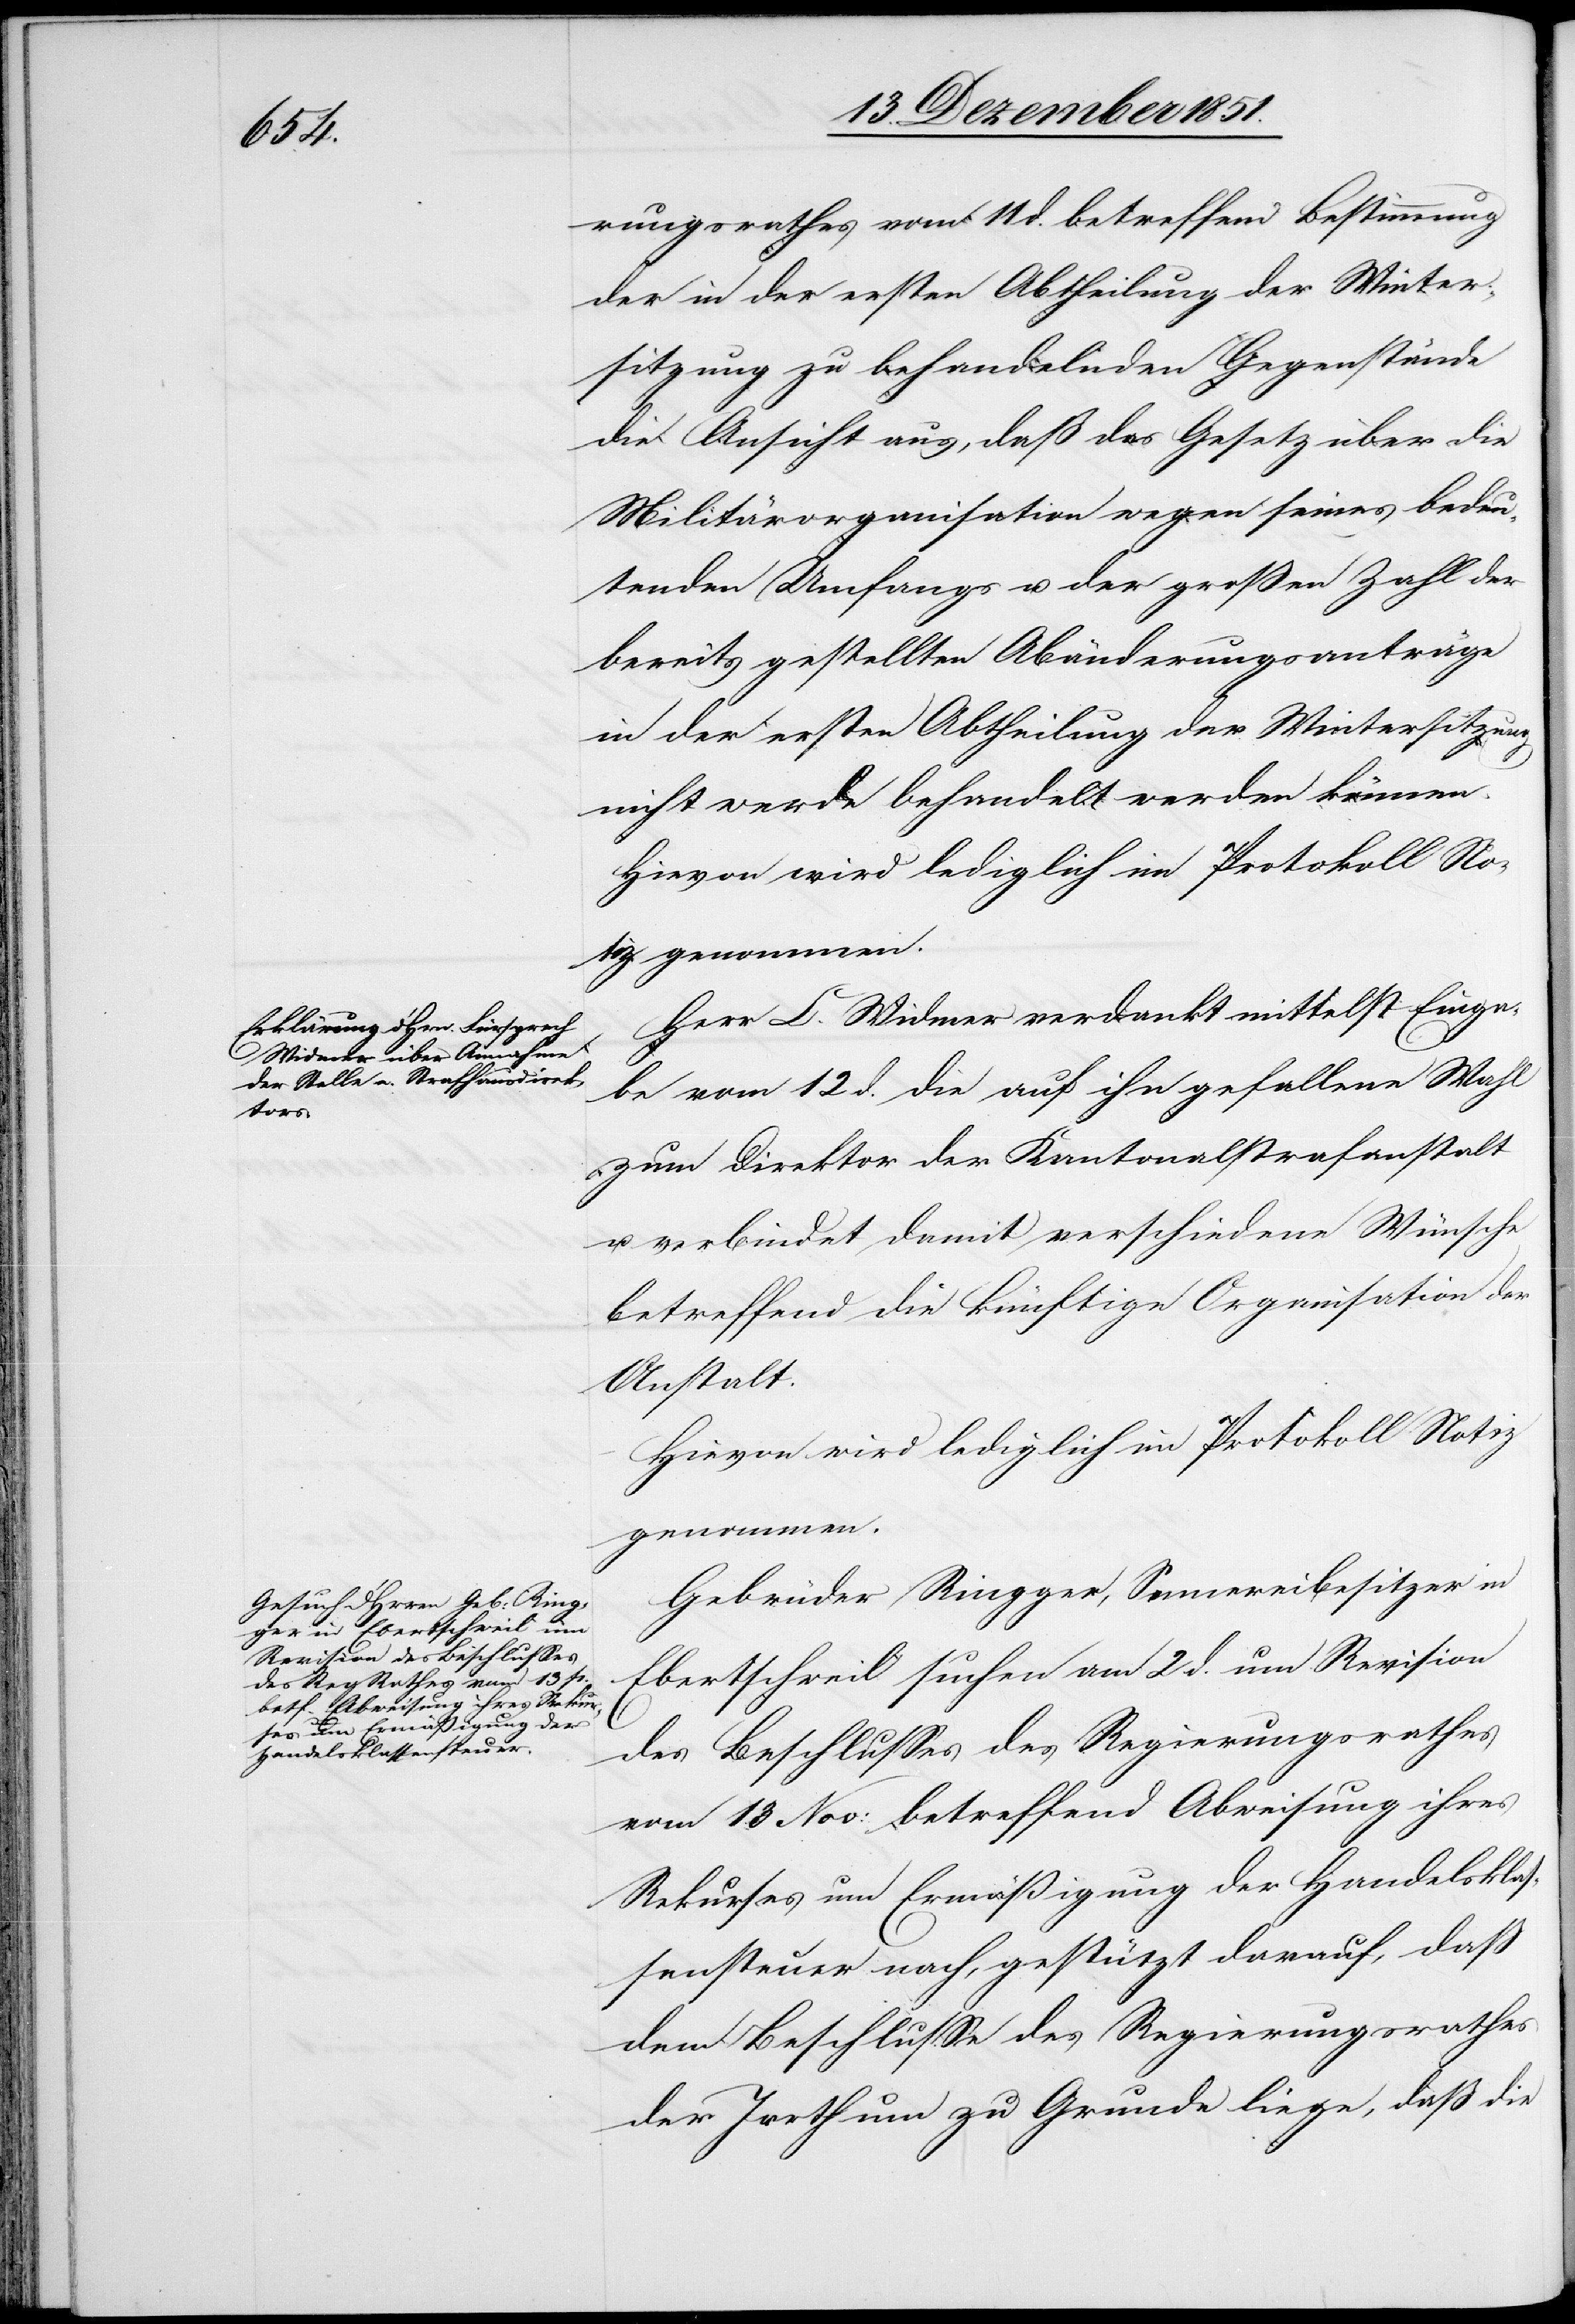
rungsrathes vom 11 d. betreffend Bestimmung
der in der ersten Abtheilung der Winter¬
sitzung zu behandelnden Gegenstände
die Ansicht aus, daß das Gesetz über die
Militärorganisation wegen seines bedeu¬
tenden Umfangs u. der großen Zahl der
bereits gestellten Abänderungsanträge
in der ersten Abtheilung der Wintersitzung
nicht werde behandelt werden können.
Herr C. Widmer verdankt mittelst Einga¬
be vom 12 d. die auf ihn gefallene Wahl
zum Direktor der Kantonalstrafanstalt
u. verbindet damit verschiedene Wünsche
betreffend die künftige Organisation der
Anstalt.
Hievon wird lediglich im Protokoll Notiz
genommen.
Gebrüder Ringger, Sennereibesitzer in
Ebertschweil suchen am 2 d. um Revision
des Beschlusses des Regierungsrathes
vom 13 Nov: betreffend Abweisung ihres
Rekurses um Ermäßigung der Handelsklas¬
sensteuer nach, gestützt darauf, daß
dem Beschlusse des Regierungsrathes
der Irrthum zu Grunde liege, daß die